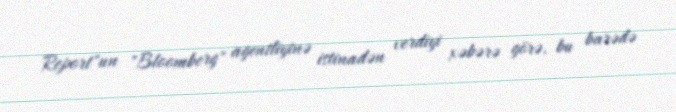
Report"un "Bloomberg" agentliyinə istinadən verdiyi xəbərə görə, bu barədə